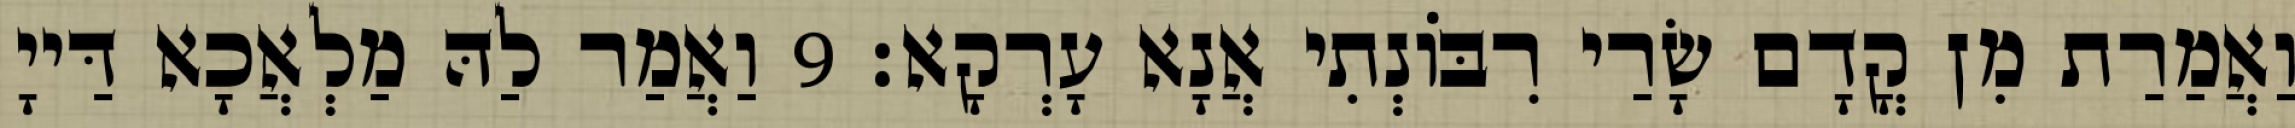
וַאֲמַרַת מִן קֳדָם שָׂרַי רִבּוֹנְתִי אֲנָא עָרְקָא׃ 9 וַאֲמַר לַהּ מַלְאֲכָא דַּייָ